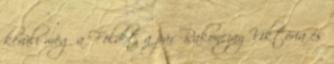
kerüli meg a Földet a pár Rakonczay Viktória és